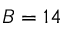
B = 1 4